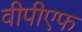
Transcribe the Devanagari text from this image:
वीपीएफ